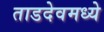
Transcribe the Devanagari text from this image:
ताडदेवमध्ये